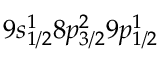
9 s _ { 1 / 2 } ^ { 1 } 8 p _ { 3 / 2 } ^ { 2 } 9 p _ { 1 / 2 } ^ { 1 }